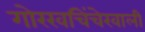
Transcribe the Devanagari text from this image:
गोरखचिंचेखाली